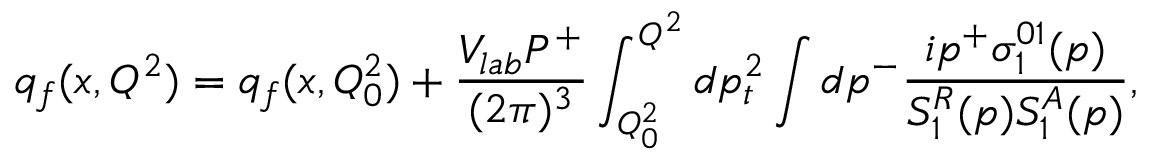
q _ { f } ( x , Q ^ { 2 } ) = q _ { f } ( x , Q _ { 0 } ^ { 2 } ) + { \frac { V _ { l a b } P ^ { + } } { ( 2 \pi ) ^ { 3 } } } \int _ { Q _ { 0 } ^ { 2 } } ^ { Q ^ { 2 } } d p _ { t } ^ { 2 } \int d p ^ { - } { \frac { i p ^ { + } \sigma _ { 1 } ^ { 0 1 } ( p ) } { { \cal S } _ { 1 } ^ { R } ( p ) { \cal S } _ { 1 } ^ { A } ( p ) } } ,